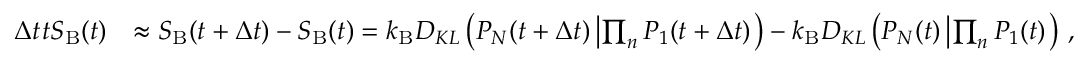
\begin{array} { r l } { \Delta t \d _ { t } S _ { \mathrm { B } } ( t ) } & { \approx S _ { \mathrm { B } } ( t + \Delta t ) - S _ { \mathrm { B } } ( t ) = { k _ { \mathrm { B } } } D _ { K L } \left( P _ { N } ( t + \Delta t ) \left| \prod _ { n } P _ { 1 } ( t + \Delta t ) \right. \right) - { k _ { \mathrm { B } } } D _ { K L } \left( P _ { N } ( t ) \left| \prod _ { n } P _ { 1 } ( t ) \right. \right) \, , } \end{array}